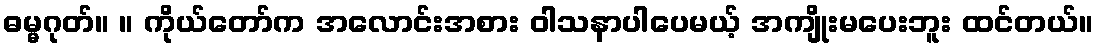
ဓမ္မဂုတ်။ ။ ကိုယ်တော်က အလောင်းအစား ဝါသနာပါပေမယ့် အကျိုးမပေးဘူး ထင်တယ်။